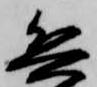
兵